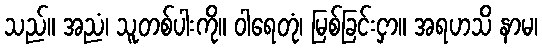
သည်။ အညံ၊ သူတစ်ပါးကို။ ဝါရေတုံ၊ မြစ်ခြင်းငှာ။ အရဟသိ နာမ၊